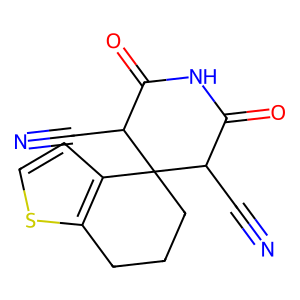
SMILES: N#CC1C(=O)NC(=O)C(C#N)C12CCCc1sccc12
Inhibits HIV replication: No